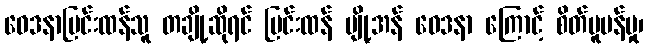
ဝေဒနာပြင်းထန်သူ တချို့ဆိုရင် ပြင်းထန် ပျို့အန် ဝေဒနာ ကြောင့် စိတ်ပူပန်မှု၊